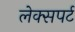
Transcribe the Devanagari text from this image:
लेक्सपर्ट